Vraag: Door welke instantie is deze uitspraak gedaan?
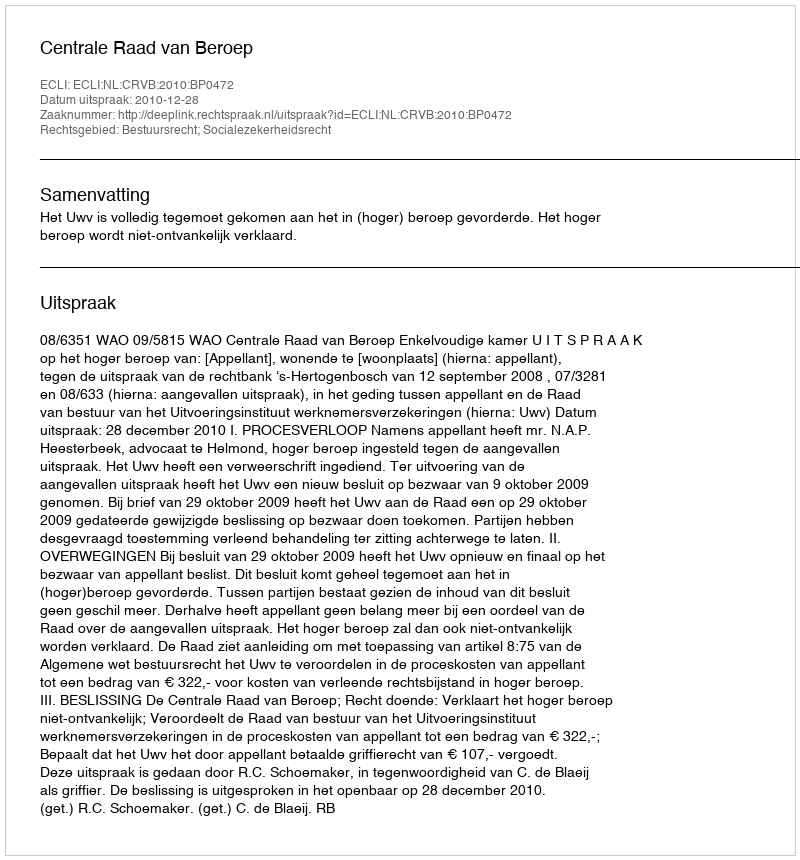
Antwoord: Centrale Raad van Beroep